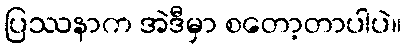
ပြဿနာက အဲဒီမှာ စတော့တာပါပဲ။